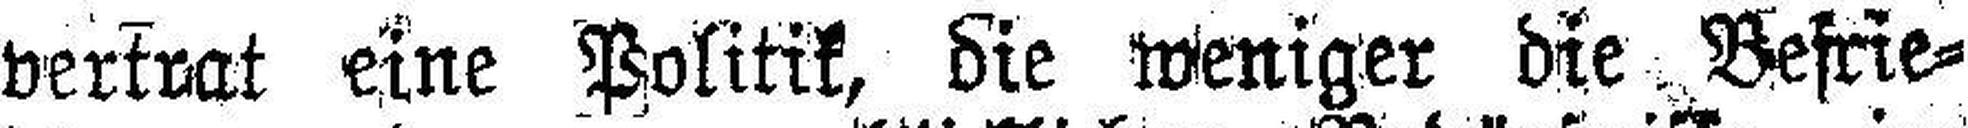
vertrat eine Politik, die weniger die Befrie¬